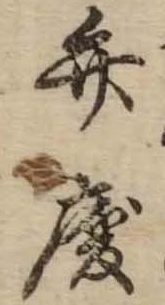
弁慶